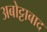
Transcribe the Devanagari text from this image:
अबोट्टाबाद